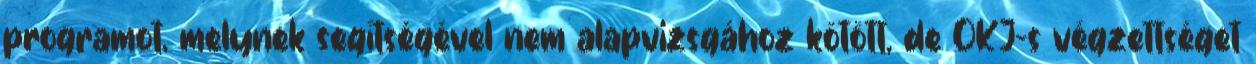
programot, melynek segítségével nem alapvizsgához kötött, de OKJ-s végzettséget